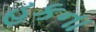
હકના